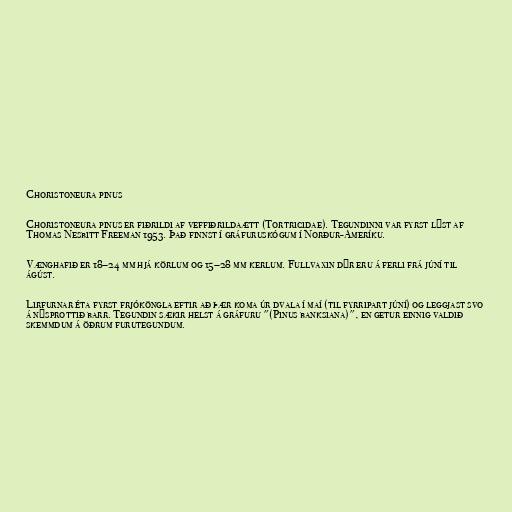
Choristoneura pinus

Choristoneura pinus er fiðrildi af veffiðrildaætt (Tortricidae). Tegundinni var fyrst lýst af
Thomas Nesbitt Freeman 1953. Það finnst í gráfuruskógum í Norður-Ameríku.

Vænghafið er 18–24 mm hjá körlum og 15–28 mm kerlum. Fullvaxin dýr eru á ferli frá júní til
ágúst.

Lirfurnar éta fyrst frjóköngla eftir að þær koma úr dvala í maí (til fyrripart júní) og leggjast svo
á nýsprottið barr. Tegundin sækir helst á gráfuru "(Pinus banksiana)", en getur einnig valdið
skemmdum á öðrum furutegundum.